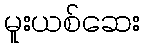
မူးယစ်ဆေး